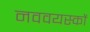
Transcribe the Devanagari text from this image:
नववयस्कों